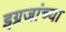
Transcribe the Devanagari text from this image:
इग्रजांच्या